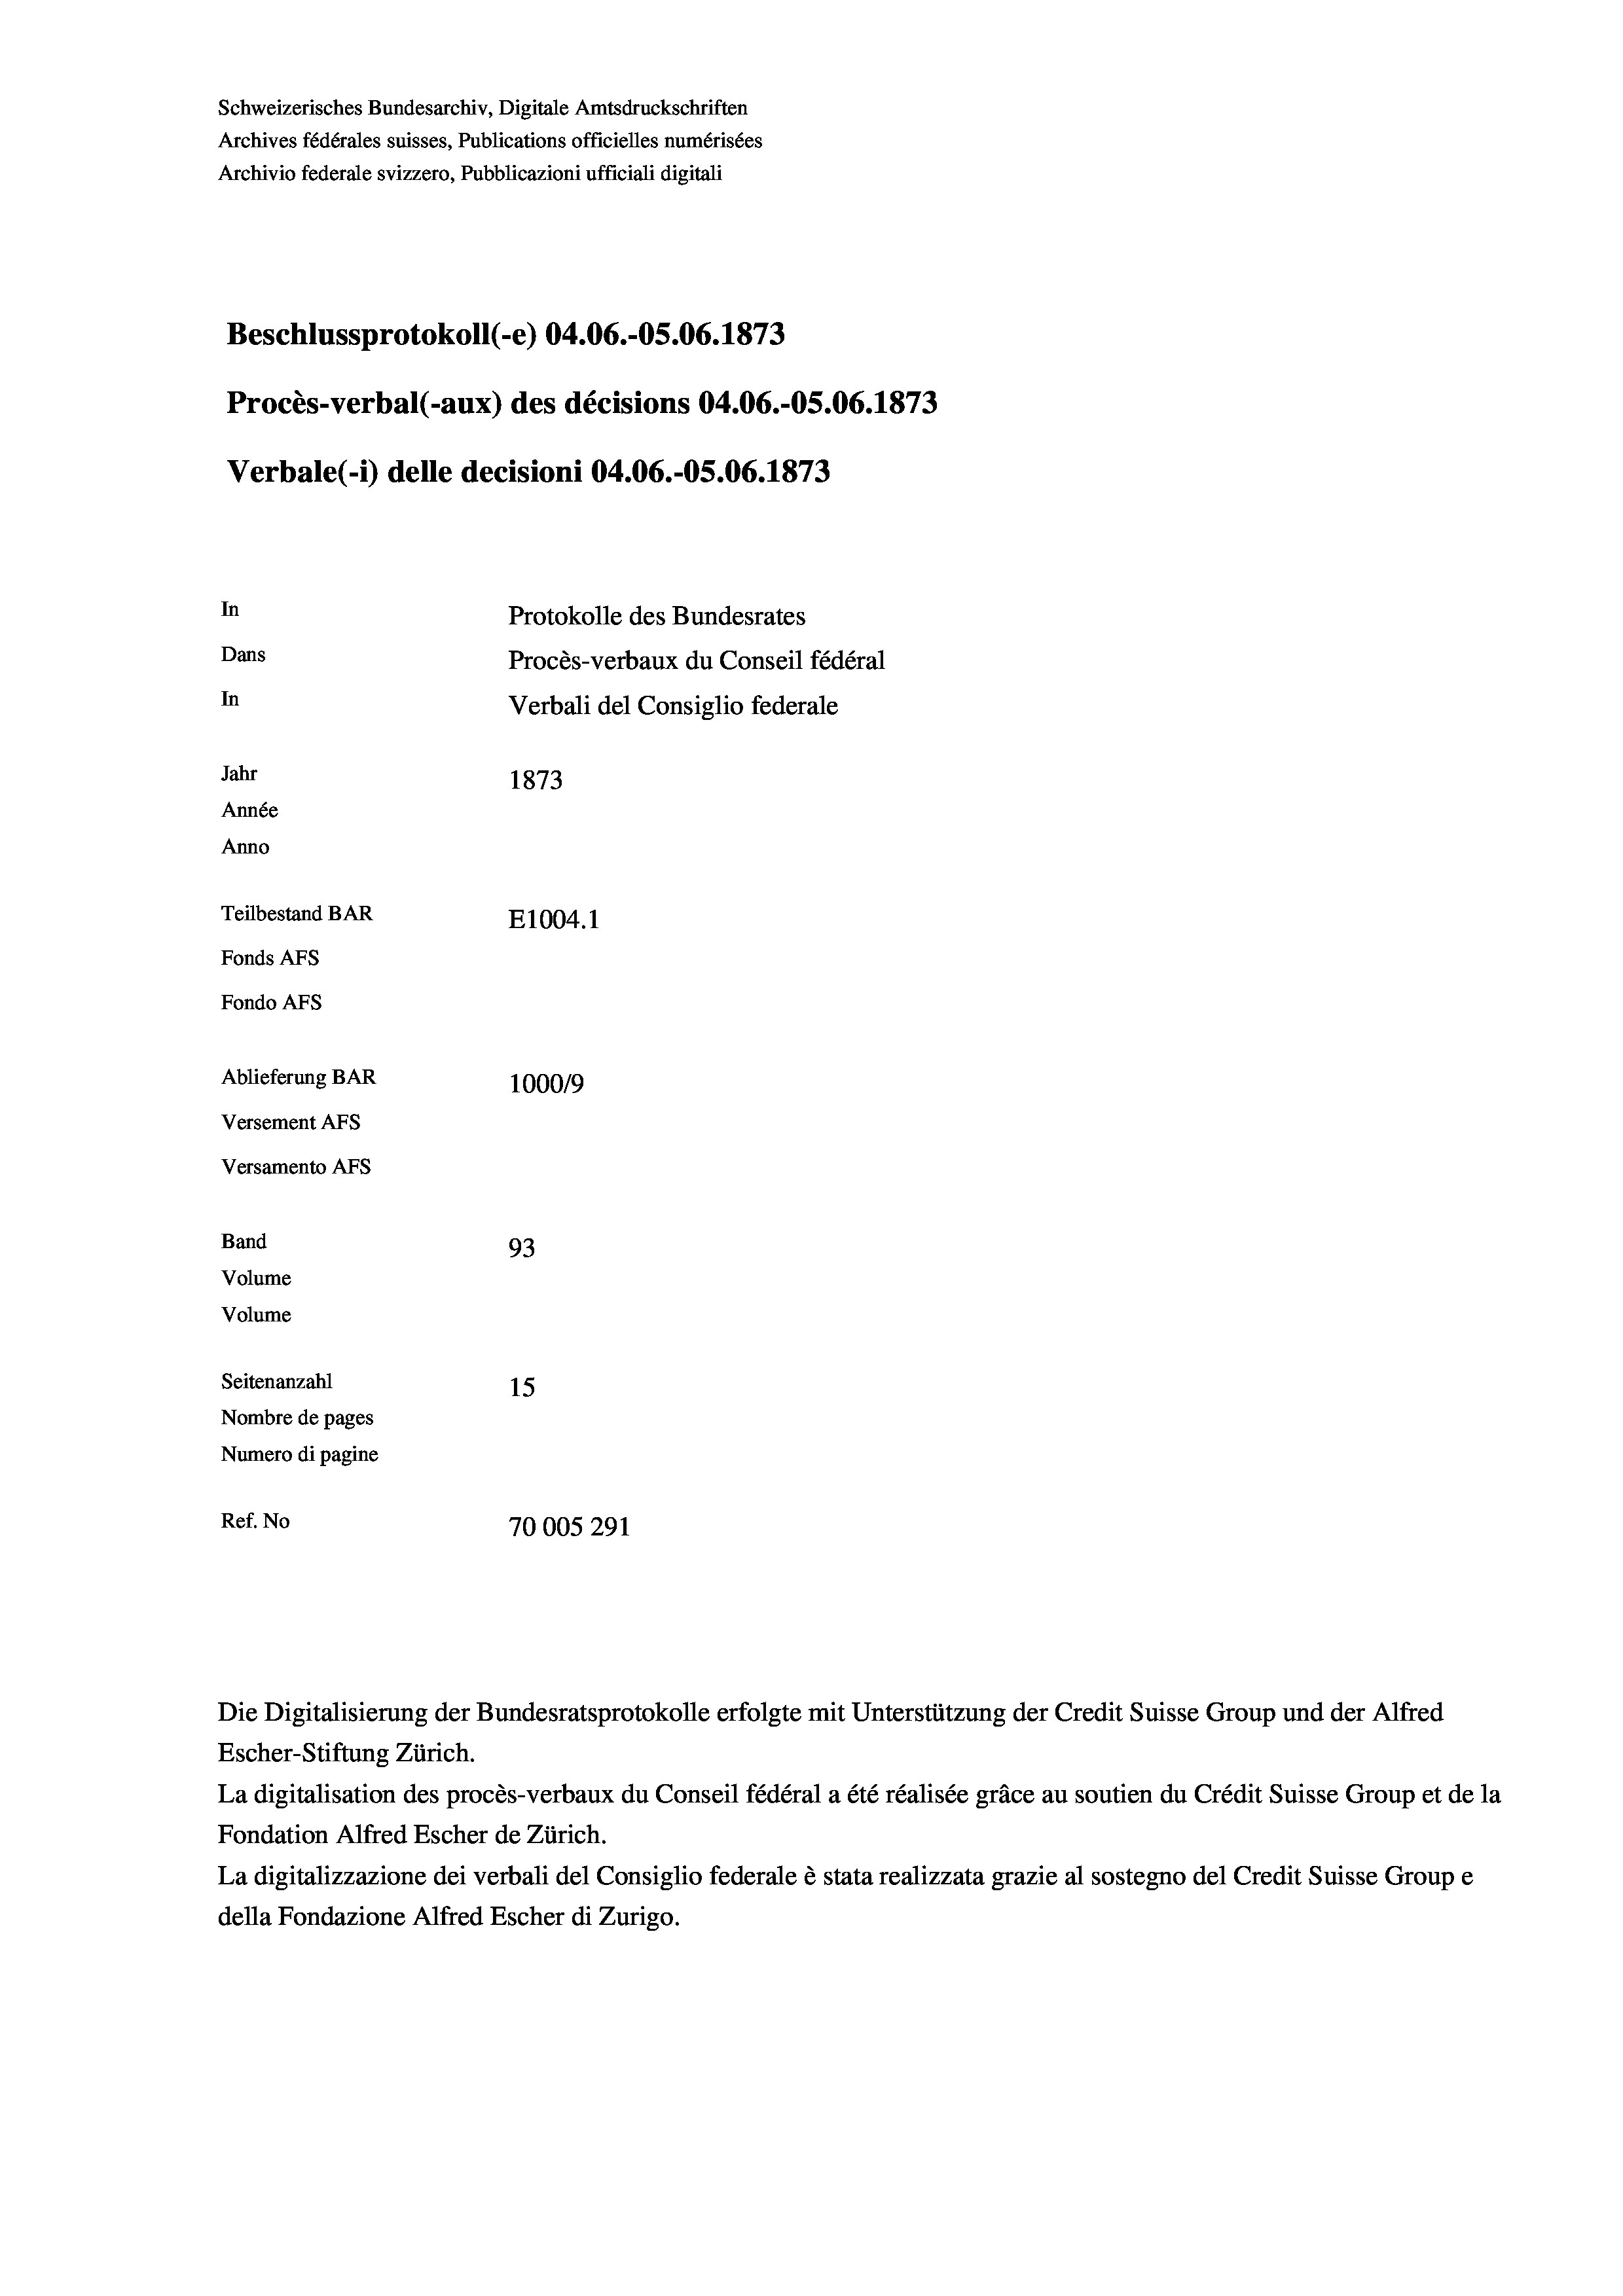
Schweizerisches Bundesarchiv, Digitale Amtsdruckschriften
Archives fédérales suisses, Publications officielles numérisées
Archivio federale svizzero, Pubblicazioni ufficiali digitali
Beschlussprotokoll (-e) 04.06.-05.06. 1873
Procès-verbal (-aux) des décisions 04.06.-OS.06. 1873
Verbale (1) delle decisioni 04.06.-OS.06. 1873
In
Protokolle des Bundesrates
Dans
Procès-verbaux du Conseil fédéral
In
Verbali del Consiglio federale
Jahr
1873
Année
Anno
Teilbestand BAR
E1004.1
Fonds AFs
Fondo AFs
Ablieferung BAR
1000/9
Versement AFs
Versamento Afs
Band
93
Volume
Volume
Seitenanzahl
15
Nombre de pages
Numero di pagine
Ref. No
70005291

Die Digitalisierung der Bundesratsprotokolle erfolgte mit Unterstützung der Credit Suisse Group und der Alfred

Escher-Stiftung Zürich.
La digitalisation des procès-verbaux du Conseil fédéral a été réalisée gräce au soutien du Crédit Suisse Group et de la
Fondation Alfred Escher de Zürich.
La digitalizzazione dei verbali del Consiglio federale è stata realizzata grazie al sostegno del Credit Suisse Groupe
della Fondazione Alfred Escher di Zurigo.